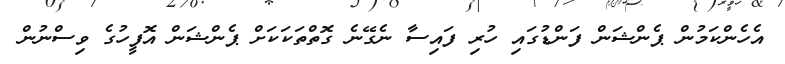
އެހެންކަމުން ޕެންޝަން ފަންޑުގައި ހުރި ފައިސާ ނެގޭނެ ގޮތްތަކަކަށް ޕެންޝަން އޮފީހުގެ ވިސްނުން